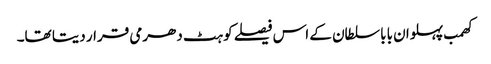
کھمب پہلوان بابا سلطان کے اس فیصلے کو ہٹ دھرمی قرار دیتا تھا۔